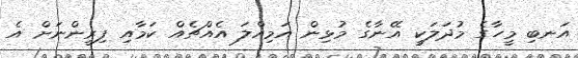
އަނބި މީހާގެ މުދަލަކީ އޭނާގެ މުޅިން އަމިއްލަ އެއްޗެއް ކަމާއި ފިރީންނަށް އެ